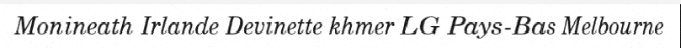
Monineath Irlande Devinette khmer LG Pays-Bas Melbourne